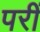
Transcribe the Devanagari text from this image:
परीं